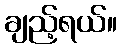
ချည့်ရယ်။